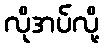
လိုအပ်လို့